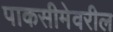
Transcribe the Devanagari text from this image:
पाकसीमेवरील